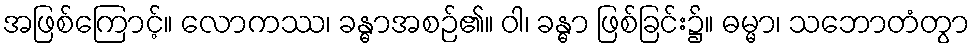
အဖြစ်ကြောင့်။ လောကဿ၊ ခန္ဓာအစဉ်၏။ ဝါ၊ ခန္ဓာ ဖြစ်ခြင်း၌။ ဓမ္မာ၊ သဘောတံတွာ